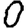
Digit: 0